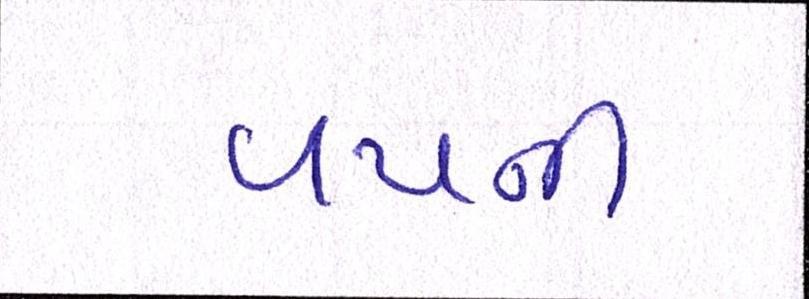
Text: વયની